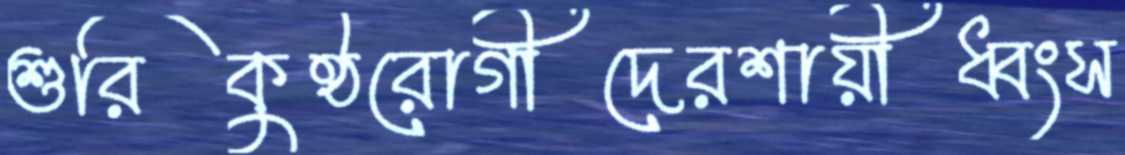
শুরিকুষ্ঠরোগীদেরশায়ীধ্বংস